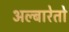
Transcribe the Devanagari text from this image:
अल्बारेतो